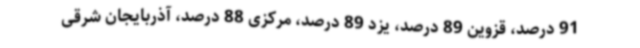
91 درصد، قزوین 89 درصد، یزد 89 درصد،‌ مرکزی 88 درصد، آذربایجان شرقی